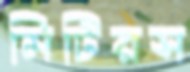
মিটিরস